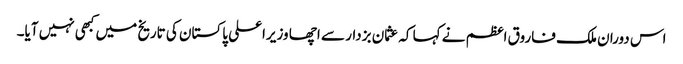
اس دوران ملک فاروق اعظم نے کہا کہ عثمان بزدار سے اچھا وزیراعلی پاکستان کی تاریخ میں کبھی نہیں آیا۔